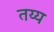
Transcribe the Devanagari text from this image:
तय्य